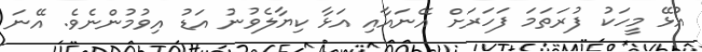
އުޅޭ މީހަކު ފުރަތަމަ ފަހަރަށް އޭނައާއި އަޅާ ކިޔާލެވުނު އަޑު އިވުމުންނެވެ. އޭނަ